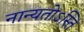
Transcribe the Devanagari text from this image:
नान्यतोऽस्ति